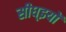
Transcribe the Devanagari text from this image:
सीध्इयों